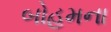
બોહમના